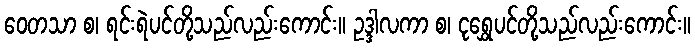
ဝေတသာ စ၊ ရင်းရဲပင်တို့သည်လည်းကောင်း။ ဥဒ္ဒါလကာ စ၊ ငုရွှေပင်တို့သည်လည်းကောင်း။